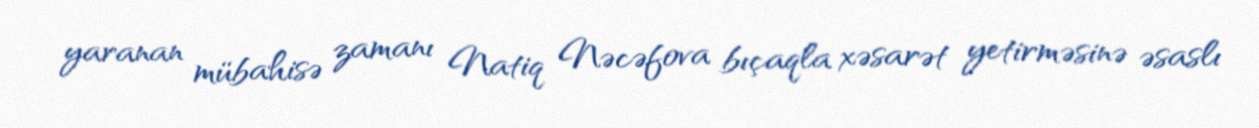
yaranan mübahisə zamanı Natiq Nəcəfova bıçaqla xəsarət yetirməsinə əsaslı